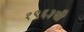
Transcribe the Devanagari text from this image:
१९६३ची